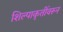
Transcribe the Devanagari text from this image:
शिल्पाकृतींवरून